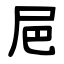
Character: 㞎